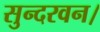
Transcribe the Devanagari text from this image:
सुन्दरवन।